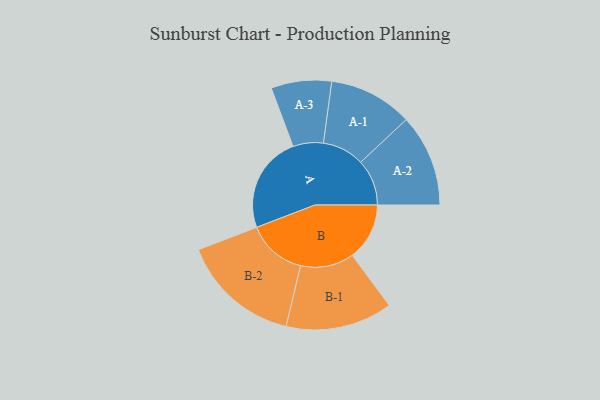
{"axis": {"x": "Segment", "y": "Value"}, "legend": ["", "A", "B"], "data": [{"x": "A", "y": 455, "type": ""}, {"x": "B", "y": 269, "type": ""}, {"x": "A-1", "y": 197, "type": "A"}, {"x": "A-2", "y": 217, "type": "A"}, {"x": "A-3", "y": 142, "type": "A"}, {"x": "B-1", "y": 251, "type": "B"}, {"x": "B-2", "y": 280, "type": "B"}]}